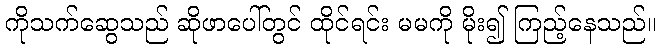
ကိုသက်ဆွေသည် ဆိုဖာပေါ်တွင် ထိုင်ရင်း မမကို မိုး၍ ကြည့်နေသည်။